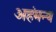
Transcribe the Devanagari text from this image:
अहंमन्य